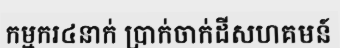
កម្មករ៤នាក់ ប្រាក់ចាក់ដីសហគមន៍